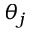
\theta _ { j }